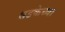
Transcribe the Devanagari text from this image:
धडकेच्या